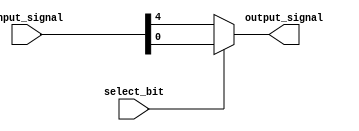
module bit_select_assign (
    input [7:0] input_signal,
    input select_bit,
    output reg output_signal
);

always @* begin
    if (select_bit)
        output_signal = input_signal[3:0];
    else
        output_signal = input_signal[7:4];
end

endmodule